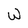
Character: W